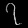
Digit: ၇